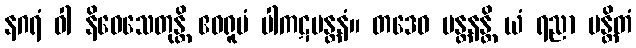
နဂရံ ဝါ နိဝေသေတုန္တိ ဧဝရူပံ ပါကဋမန္တနံ။ တဒေဝ မန္တနန္တိ ယံ ရညာ မန္တိတံ